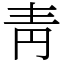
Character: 靑